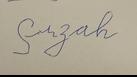
Signature authenticity: forged